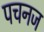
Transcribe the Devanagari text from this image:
पचनज